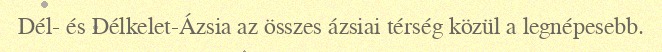
Dél- és Délkelet-Ázsia az összes ázsiai térség közül a legnépesebb.